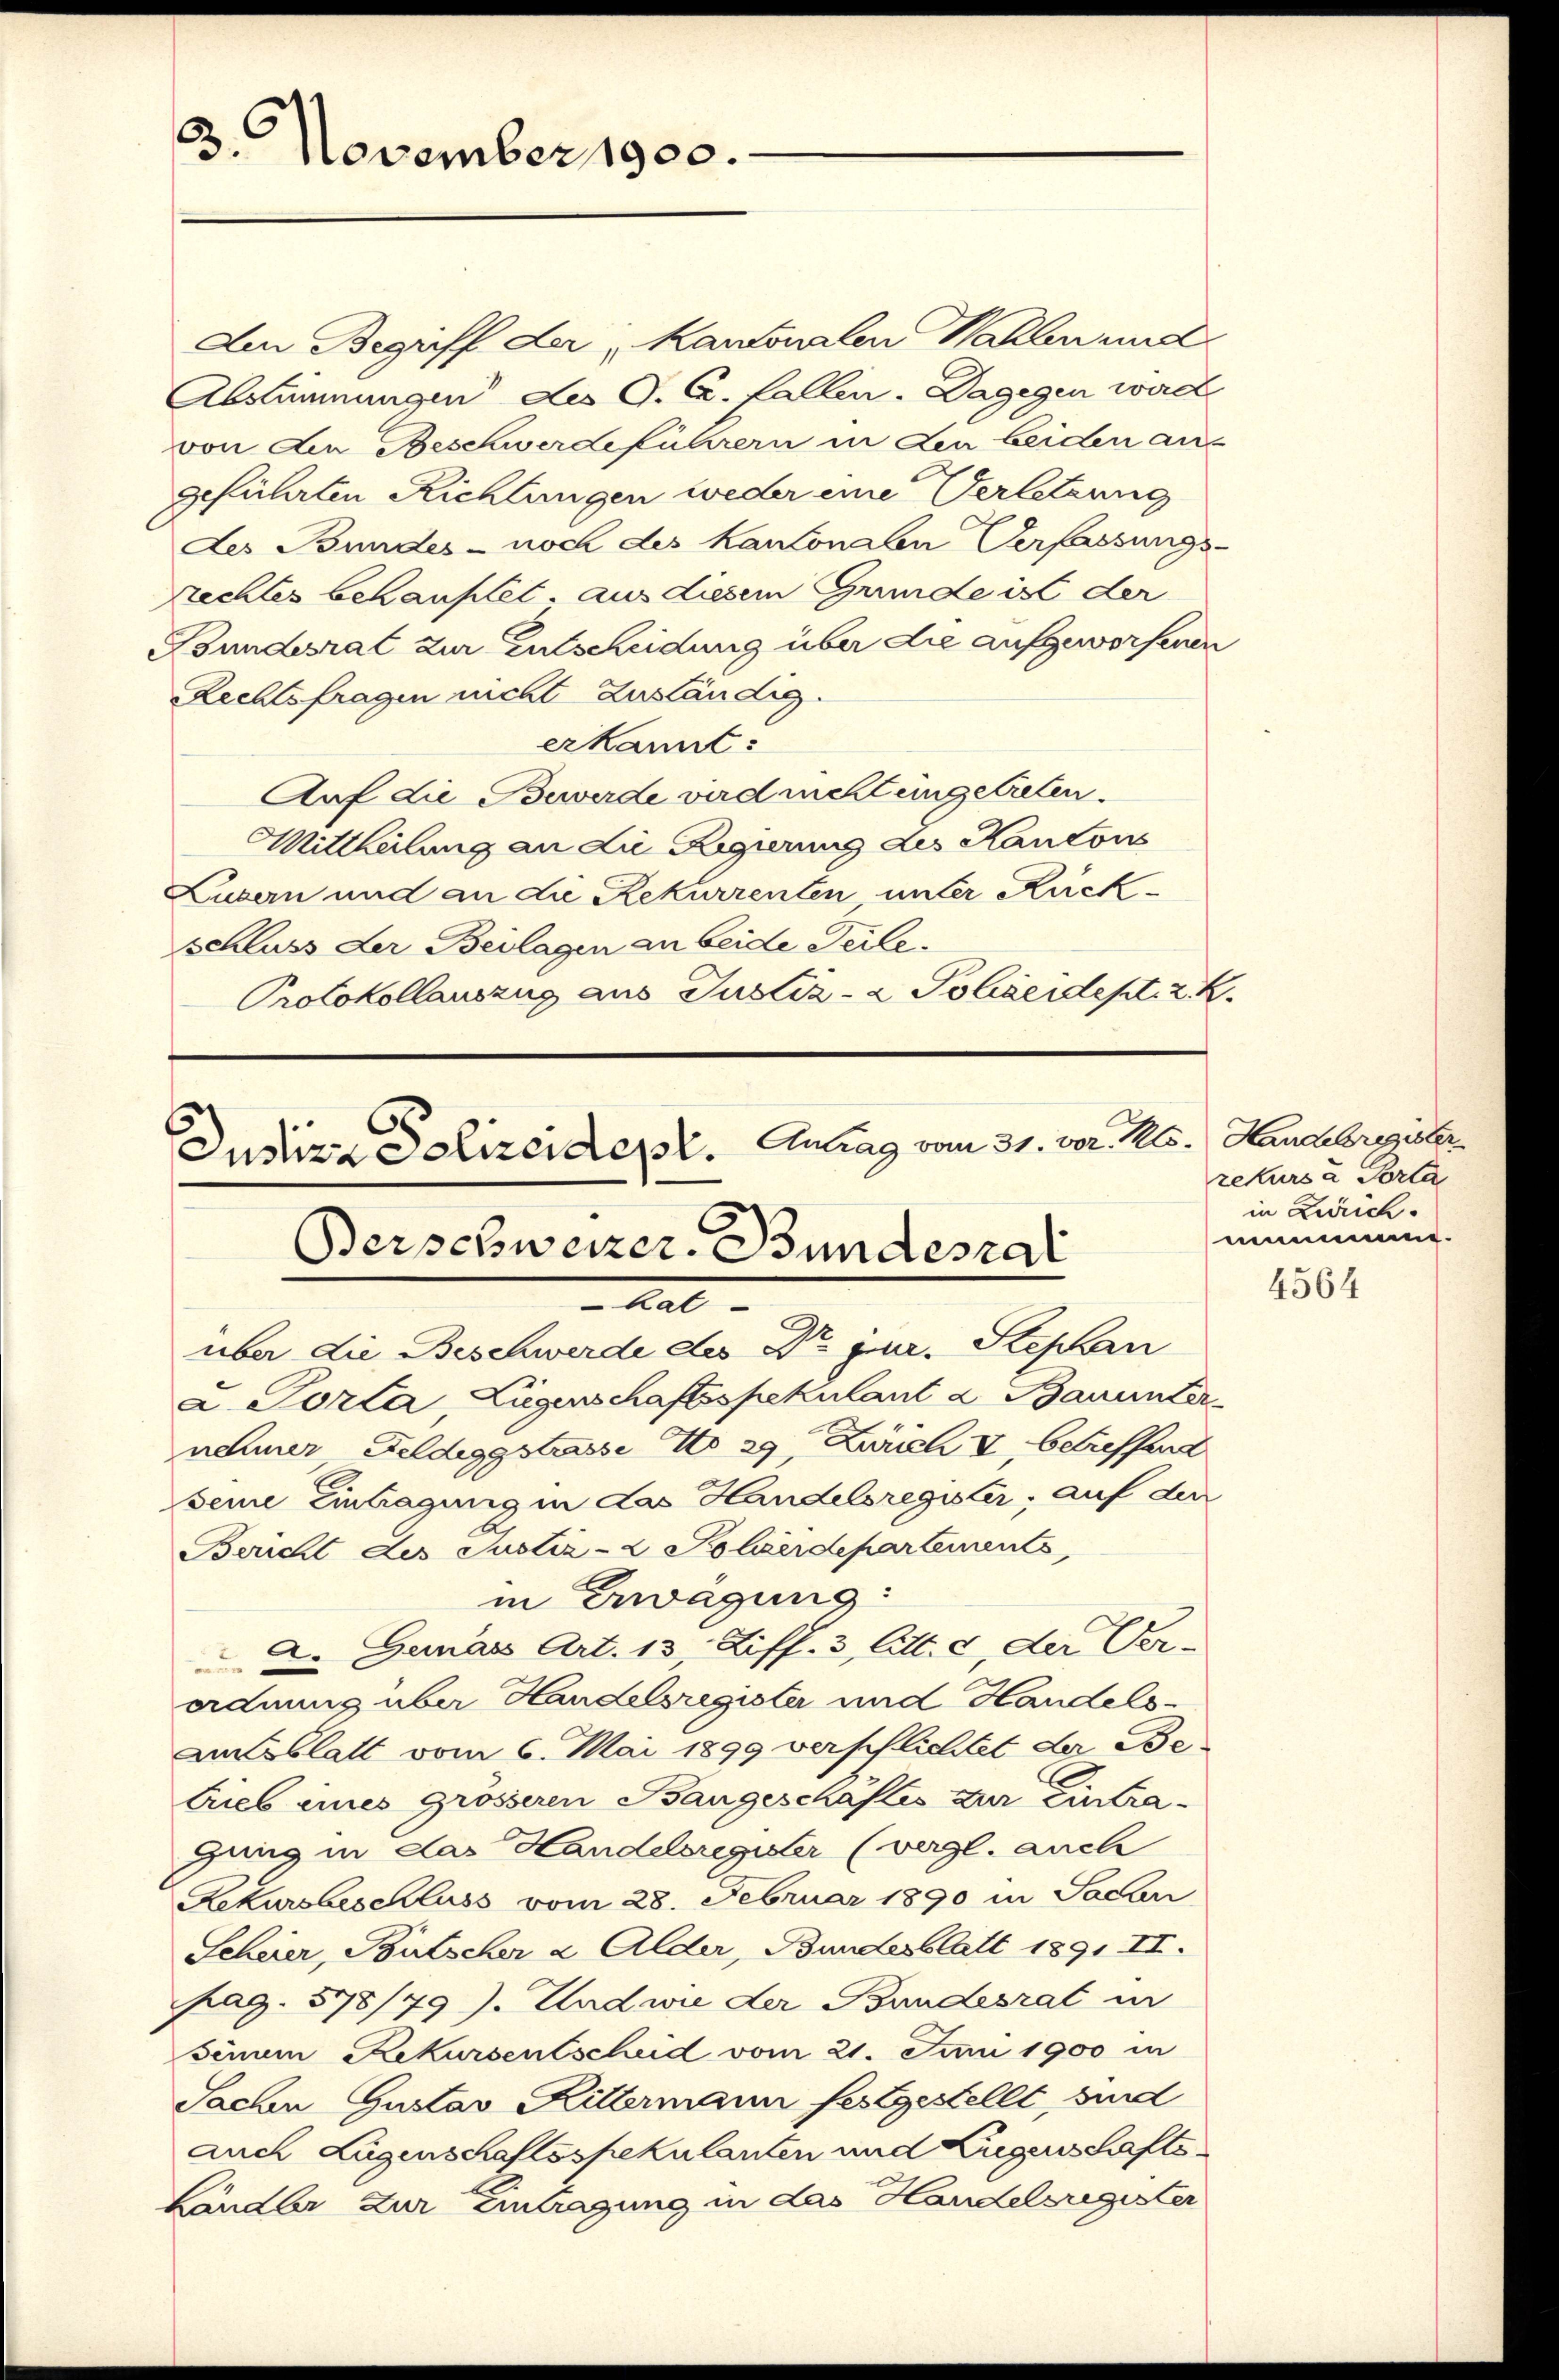
3. November 1900.

Aen Begriff der Kantonalen Wahlen und
Abstimmungen des O. G. Fallen. Dagegen wird
von Aen Beschwerdeführern in den beiden angeführten Richtungen weder eine Verletzung
des Bundes- noch des Kantonalen Verfassungs-
rrechtes behauptet, aus diesem Grunde ist der
Bundesrat zur Entscheidung über die aufgeworfenen
Rechtsfragen nicht zuständig.
erkannt:
Auf die Bewerde wird richtungetreten.
Mittheilung an die Regierung des Kantons
Luzern und an die Rekurrenten unter Rückschluss der Beilagen an beide Teile.
Protokollauszug aus Justiz- & Polizeidest. z. B.

L. Porta, Liegenschaftsspekulant a Bauunter
nehmer Feldeggstrasse No 29. Zürich & betreffend
seine Eintragung in das Handelsregister, auf den
Bericht des Justiz- & Polzerdepartements,
in Erwägung:
2. Genas Art. 13 Ziff. 3 litt. c der Verordnung über Handelsregister und Handels-
Amtsblatt vom 6. Mai 1899 verpflichtet der Be
trieb eines grösseren Bangeschäftes zur Eintragung in das Handelsregister (vergl. auch
Lekursbeschluss vom 28. Februar 1890 in Sache
Scheier, Bütscher a Alder, Bundesblatt 1891 II.
pag. 578/79). Und wie der Bundesrat in
senum Rekursentscheid vom 21. Juni 1900 in
Sachen Gustav Kittermann festgestellt, sind
auch Lagenschaftsspekulanten und Liegenschafts-
Ländler zur Eintragung in das Handelsregister

Justiza Polizeident. Antrag vom 31. vor. Mts. Handesregister
Berschweizer. Bundesrat
Al
über die Beschwerde des Dr. jur. Stephan

rekurs à Porta
in Zürich.
mummung.

s

4564